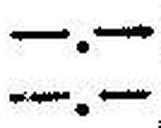
—.—